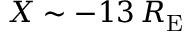
X \sim - 1 3 \, R _ { \mathrm { E } }